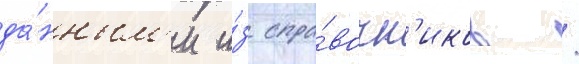
да́нным'и и́з спра́вочн'иков /